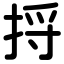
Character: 捋